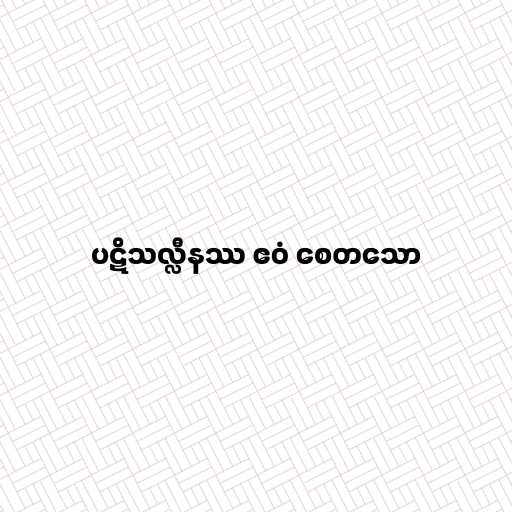
ပဋိသလ္လီနဿ ဧဝံ စေတသော